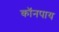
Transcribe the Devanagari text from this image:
कॉनपाय